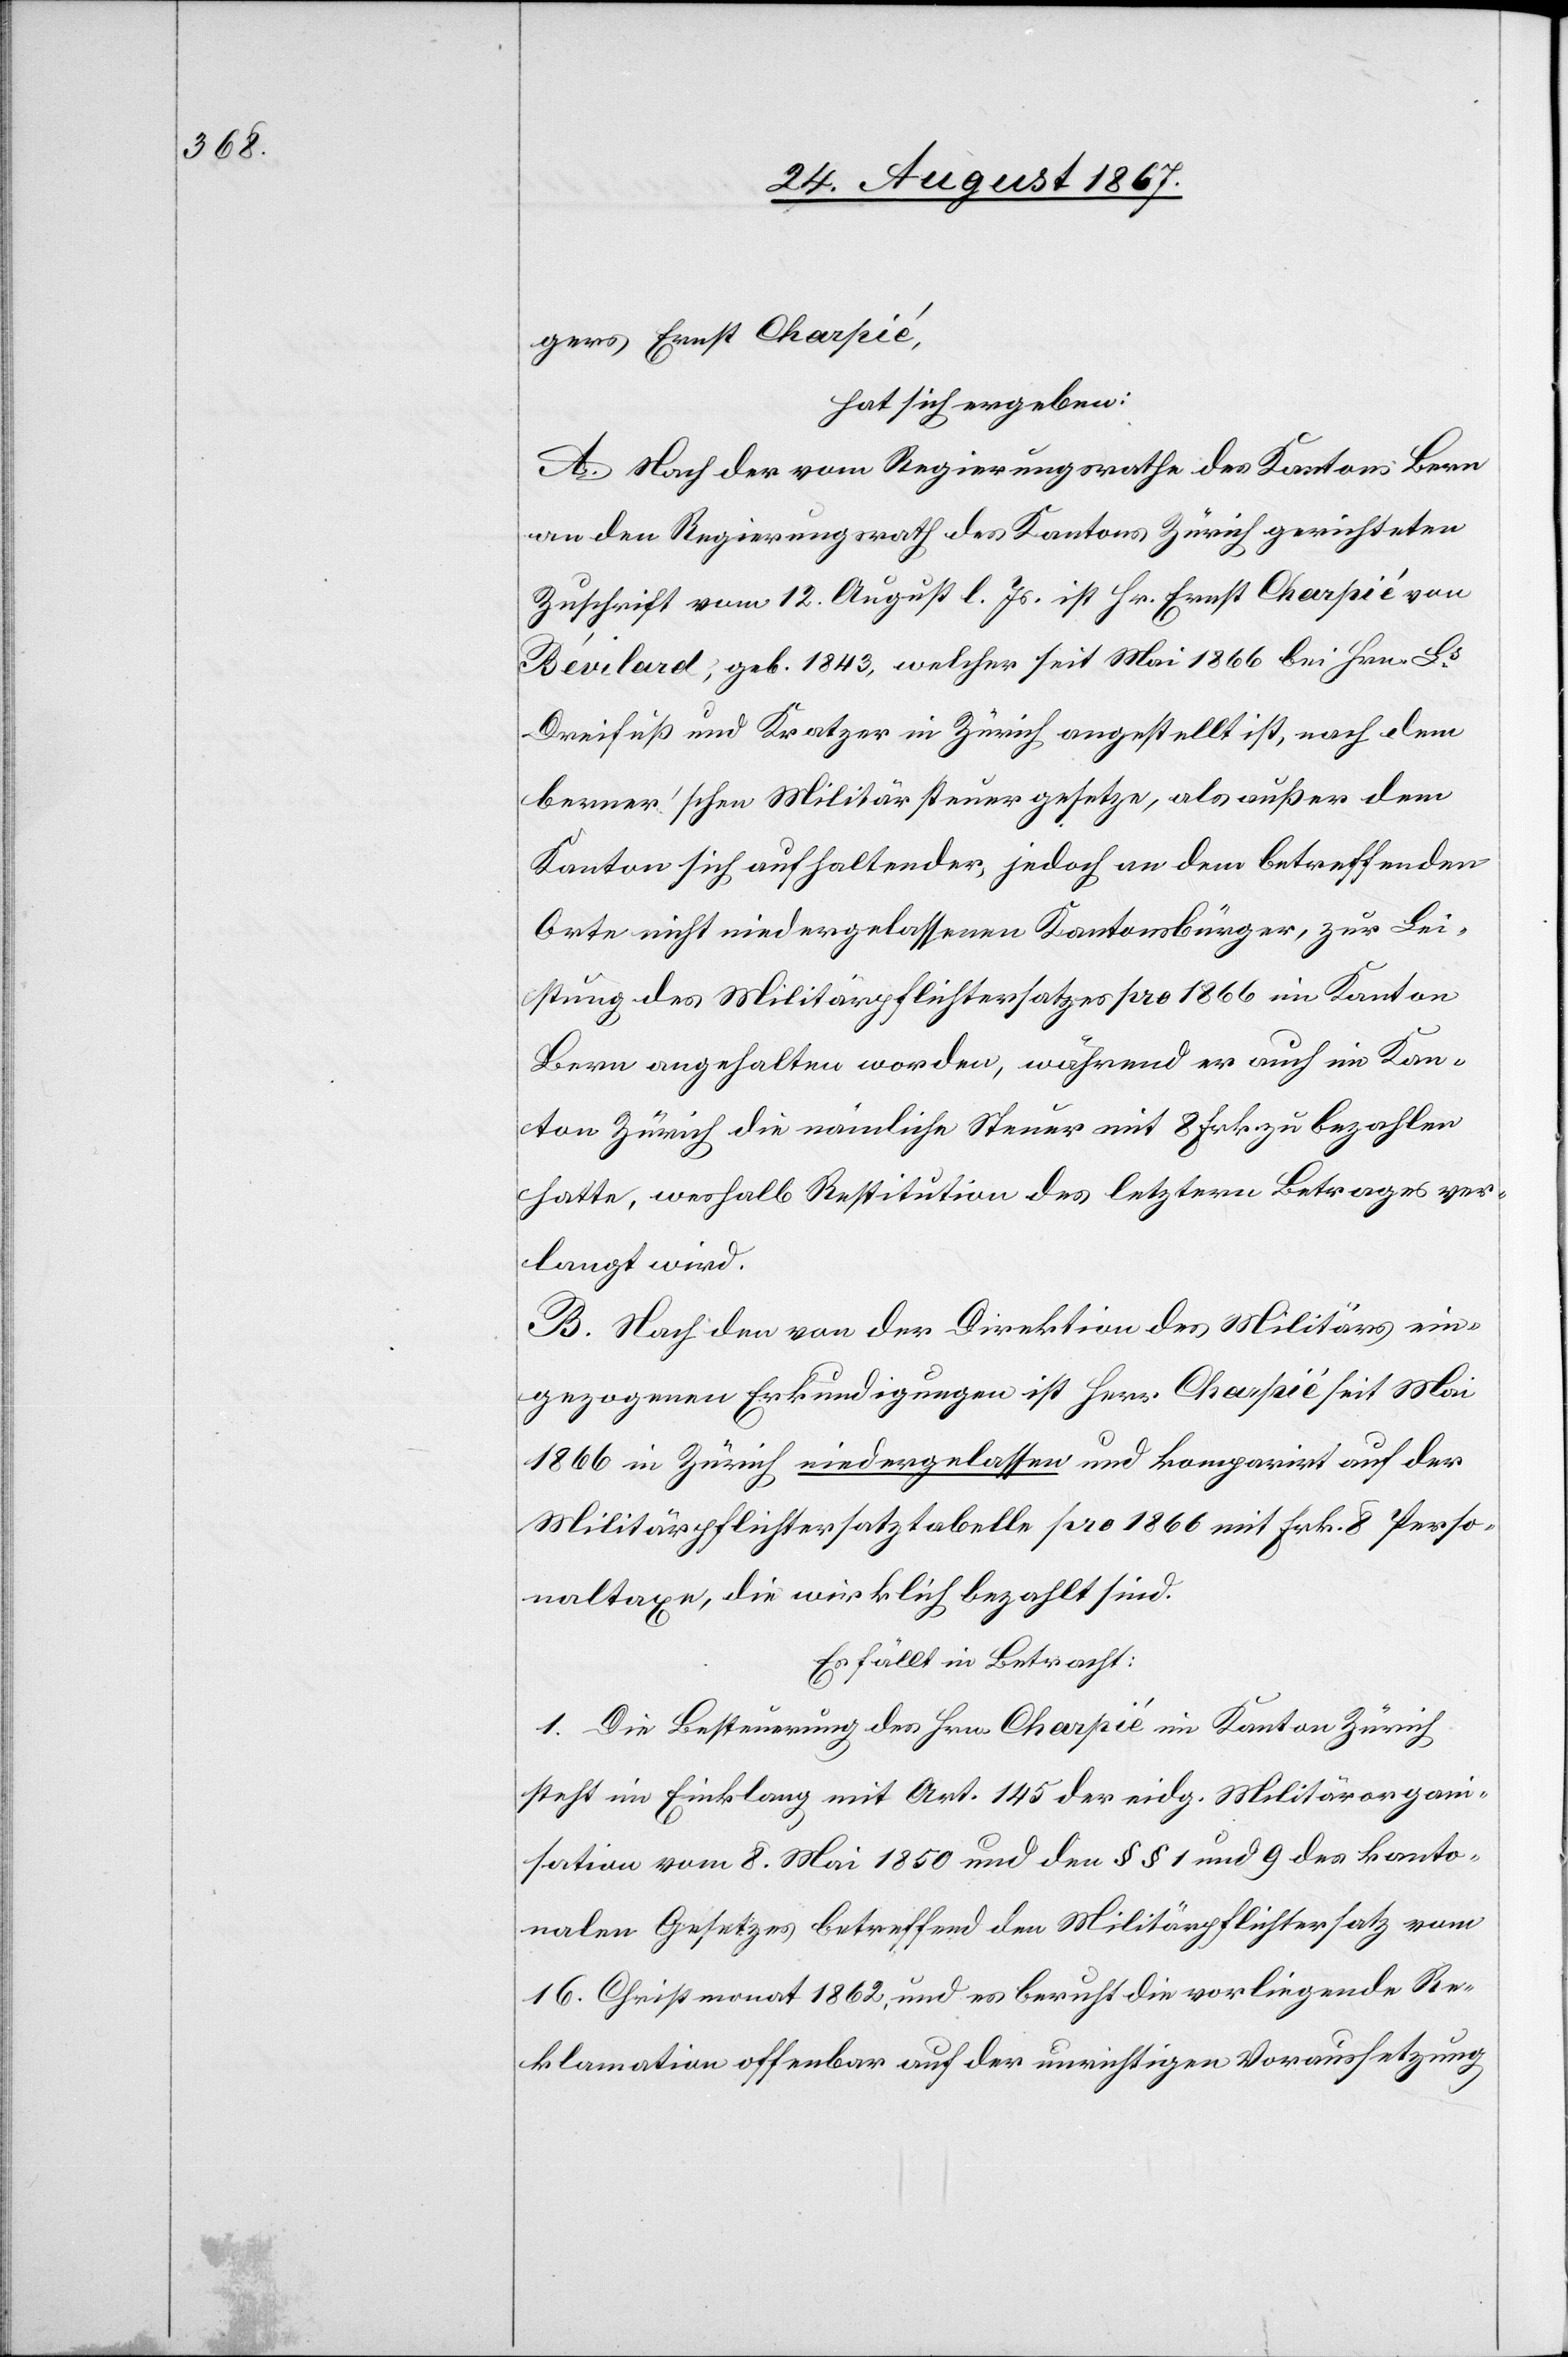
gers Ernst Charpié,
hat sich ergeben:
A. Nach der vom Regierungsrathe des Kantons Bern
an den Regierungsrath des Kantons Zürich gerichteten
Zuschrift vom 12. August l. Js. ist Hr. Ernst Charpié von
Bévilard, geb. 1843, welcher seit Mai 1866 bei Hrn. Ls.
Dreifuß und Kratzer in Zürich angestellt ist, nach dem
berner’schen Militärsteuergesetze, als außer dem
Kanton sich aufhaltender, jedoch an dem betreffenden
Orte nicht niedergelassenen Kantonsbürger, zur Lei¬
stung des Militärpflichtersatzes pro 1866 im Kanton
Bern angehalten worden, während er auch im Kan¬
ton Zürich die nämliche Steuer mit 8 Frk. zu bezahlen
hatte, weshalb Restitution des letztern Betrages ver¬
langt wird.
B. Nach den von der Direktion des Militärs ein¬
gezogenen Erkundigungen ist Hrs. Charpié seit Mai
1866 in Zürich niedergelassen und komparirt auf der
Militärpflichtersatztabelle pro 1866 mit Frk. 9 Perso¬
naltaxe, die wirklich bezahlt sind.
Es fällt in Betracht:
1. Die Besteurung des Hrn. Charpié im Kanton Zürich
steht im Einklang mit Art. 145 der eidg. Militärorgan¬
isation vom 8. Mai 1850 und den § § 1 und 9 des kanto¬
nalen Gesetzes betreffend Militärpflichtersatz vom
16. Christmonat 1862, und es beruht die vorliegende Re¬
klamation offenbar auf der unrichtigen Voraussetzung